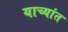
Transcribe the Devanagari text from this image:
याच्यांत